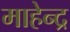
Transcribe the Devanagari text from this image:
माहेन्द्र